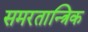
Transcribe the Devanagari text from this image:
समरतान्त्रिक